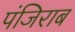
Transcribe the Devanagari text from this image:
पंजिराब